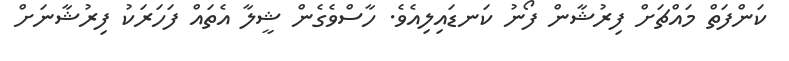
ކަންފަތް މައްޗަށް ފިރުޝާން ފޯނު ކަނޑައިލިއެވެ. ހާސްވެގެން ޝީލާ އެތައް ފަހަރަކު ފިރުޝާނަށް